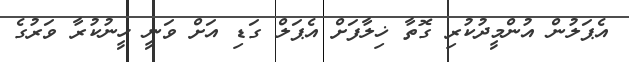
އެޕަލުން އުންމީދުކުރި ގޮތާ ޚިލާފަށް އެޕަލް ގަޑި އަށް ވަނީ ހީނުކުރާ ވަރުގެ